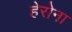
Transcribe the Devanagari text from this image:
हेरोना